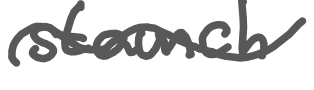
Text: staunch
Cross-out: wave
Writing tool: digital_gray